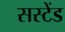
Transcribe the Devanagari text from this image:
सस्टेंड